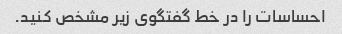
احساسات را در خط گفتگوی زیر مشخص کنید.